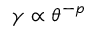
\gamma \propto \theta ^ { - p }